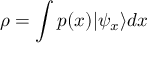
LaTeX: \rho = \int p ( x ) | \psi _ { x } \rangle d x